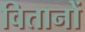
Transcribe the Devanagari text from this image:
वितानों